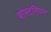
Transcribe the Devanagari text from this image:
बोस्टनियन